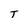
Character: T